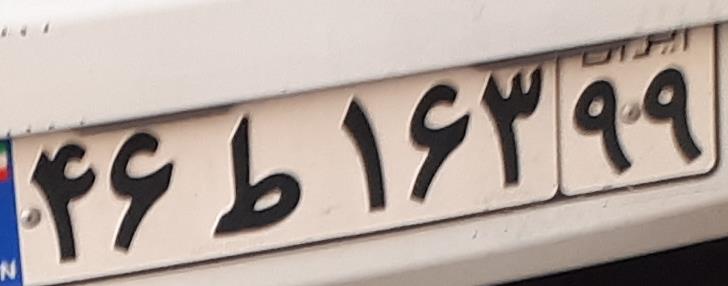
۴۶ط۱۶۳۹۹